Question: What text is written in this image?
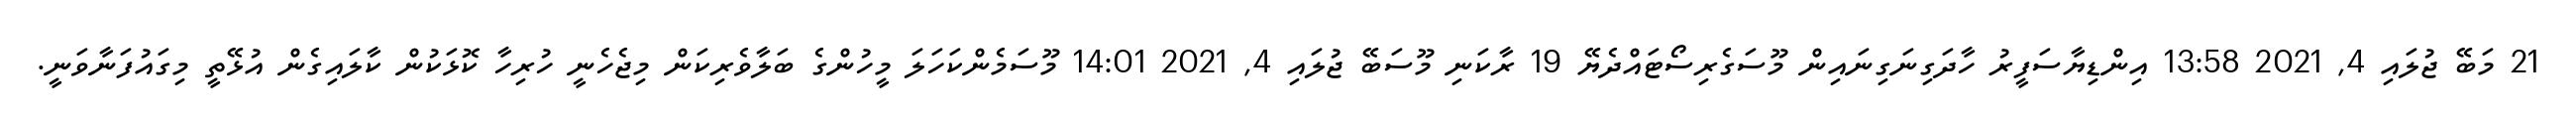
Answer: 21 މަބޭ ޖުލައި 4, 2021 13:58 އިންޑިޔާސަފީރު ހާދަގިނަގިނައިން މޫސަގެރިސޯޓައްދެޔޭ 19 ރާކަނި މޫސަބޭ ޖުލައި 4, 2021 14:01 މޫސަމެންކަހަލަ މީހުންގެ ބަލާވެރިކަން މިޖެހެނީ ހުރިހާ ކޮޅަކުން ކާލައިގެން އުޅޭތީ މިގައުފަނާވަނީ.